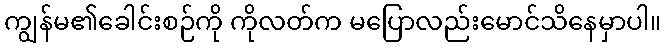
ကျွန်မ၏ခေါင်းစဉ်ကို ကိုလတ်က မပြောလည်းမောင်သိနေမှာပါ။